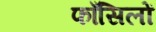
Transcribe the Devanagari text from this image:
फाँसिलों